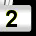
Digit: 2